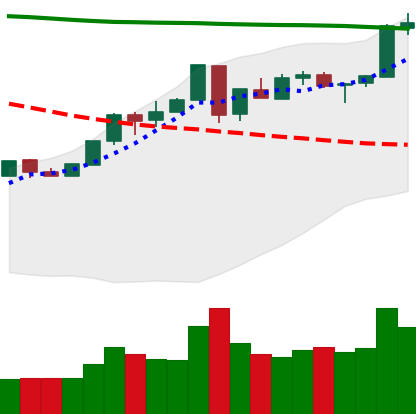
Ticker: ETH-USD
Chart end date: 2018-05-04
Forward return: -4.245%
Label: down_3_5